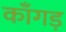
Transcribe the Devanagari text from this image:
काँगड़